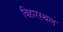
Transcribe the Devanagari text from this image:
विहारस्थल